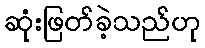
ဆုံးဖြတ်ခဲ့သည်ဟု